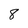
Character: 8